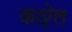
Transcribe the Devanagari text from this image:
काप्टेल